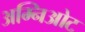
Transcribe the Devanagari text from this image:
अम्निओट